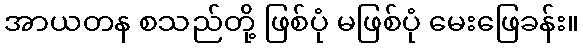
အာယတန စသည်တို့ ဖြစ်ပုံ မဖြစ်ပုံ မေးဖြေခန်း။